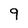
Character: 9